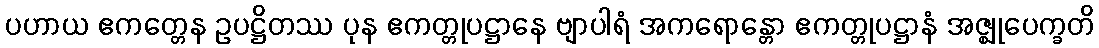
ပဟာယ ဧကတ္တေန ဥပဋ္ဌိတဿ ပုန ဧကတ္တုပဋ္ဌာနေ ဗျာပါရံ အကရောန္တော ဧကတ္တုပဋ္ဌာနံ အဇ္ဈုပေက္ခတိ